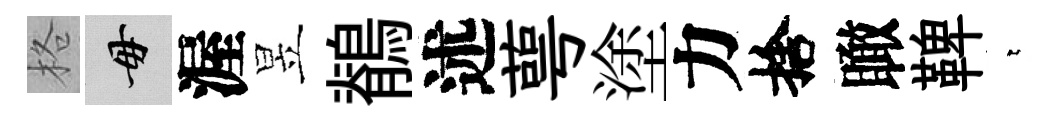
格毋渥昱鶺述萼塗力捨瞰鞞萋